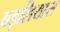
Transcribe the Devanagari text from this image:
बड़लियास